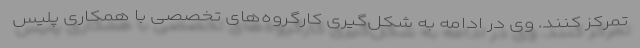
تمرکز کنند. وی در ادامه به شکل‌گیری کارگروه‌های تخصصی با همکاری پلیس